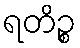
ရတိဉ္စ